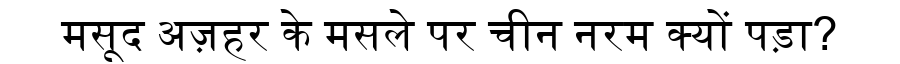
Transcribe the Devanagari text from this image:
मसूद अज़हर के मसले पर चीन नरम क्यों पड़ा?